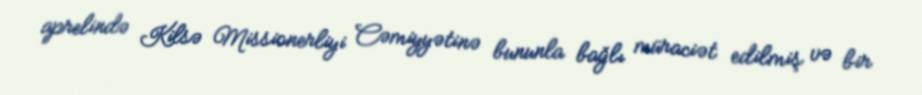
aprelində Kilsə Missionerliyi Cəmiyyətinə bununla bağlı müraciət edilmiş və bir